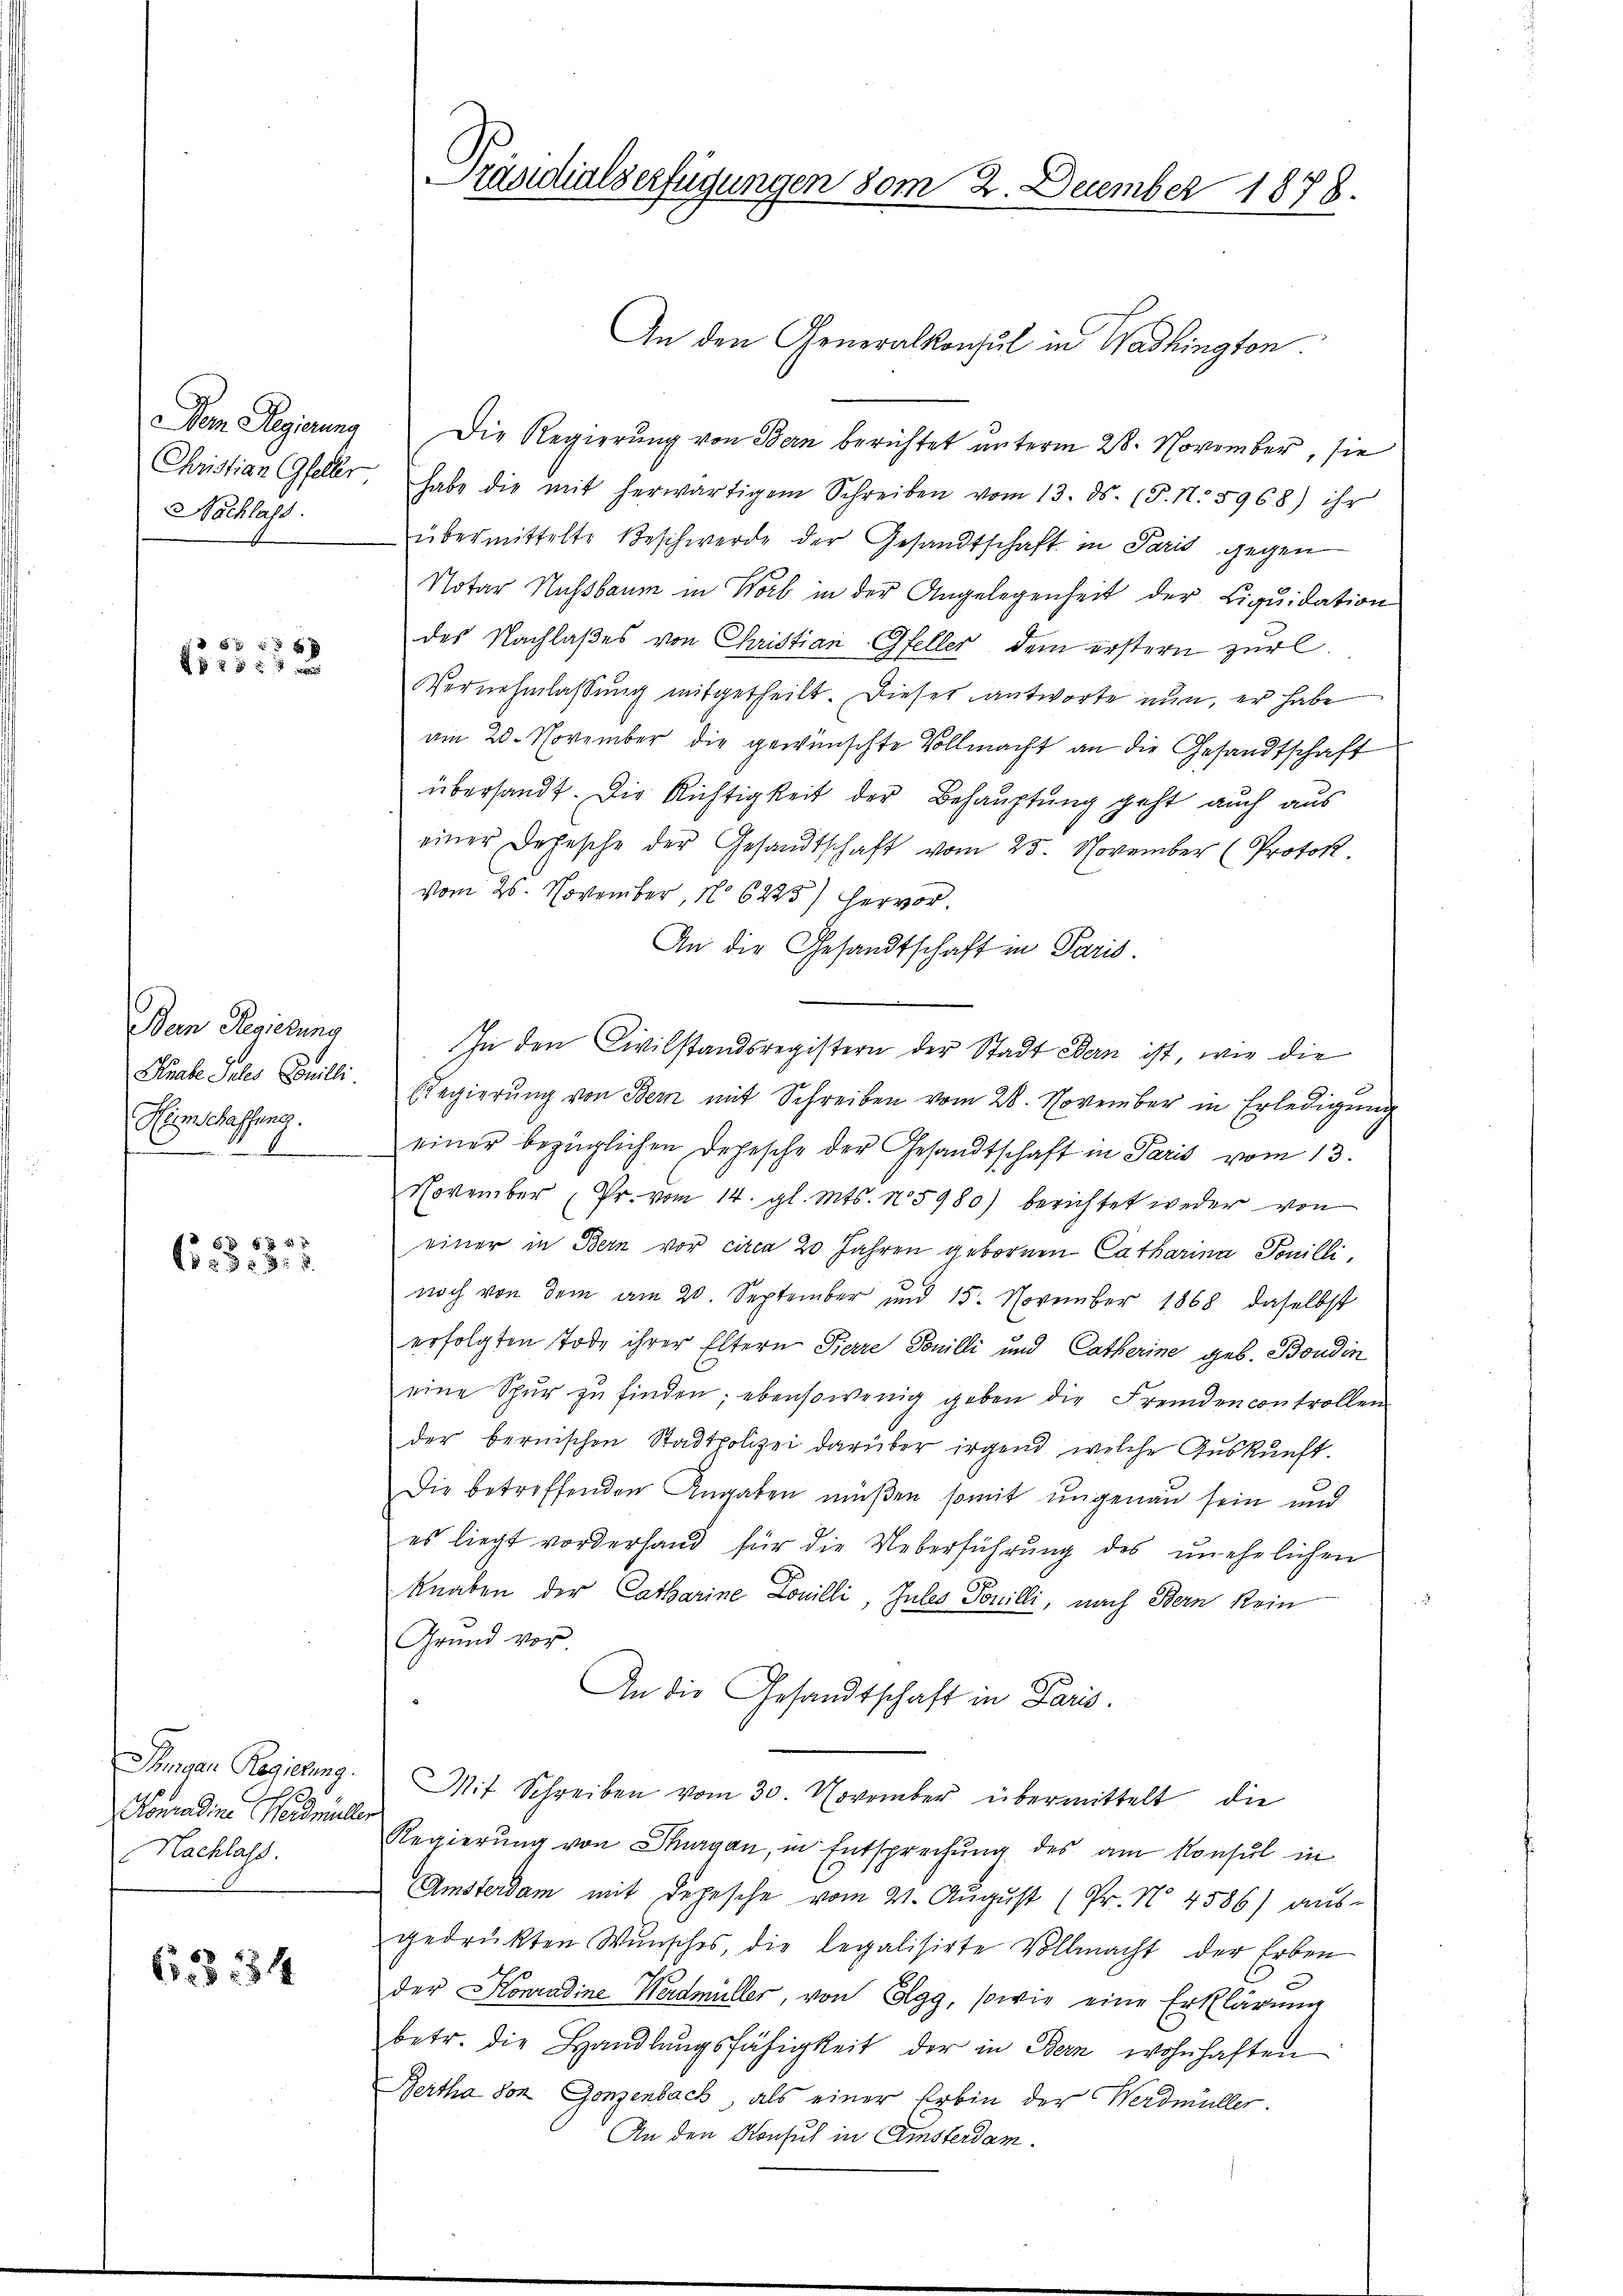
Nachlass

54 x
 xx

Dein Regierung
Arabe Jales Gonilli
Eincassung.

f 5 f 0 x
.325.5.

Komadine Neumüller
Nachlass.

68 154

Dem Regierung die Regierŭng von Bern berichtet ŭnterm 28. November, sie
Christian Gfeller, habe die mit herwärtigem Schreiben vom 13. ds. (T. N. 5968) ihr
übermittelte Beschwerde der Gesandtschaft in Paris gegen
Notar Nussbaum in Worb in der Angelegenheit der Liquidation
des Nachlaßes von Christian Gfeller, dem erstern zur
Vernehmlassŭng mitgetheilt. Dieser antworte nun, er habe
am 20. November die gewünschte Vollmacht an die Gesandtschaft
übersandt. Die Richtigkeit der Behauptung geht auch aus
einer Depesche der Gesandtschaft vom 25. November (Protok
vom 25. November, No 6225) hervor.
An die Gesandtschaft in Paris.
In den Civilstandsregistern der Stadt Bern ist, wie die
ze
sRegierung von Bern mit Schreiben vom 28. November in Erledigung
einer bezüglichen Depesche der Gesandtschaft in Paris vom 13.
November (Pr. vom 14. gl. Mts. No 5980) berichtet weder von
einer in Bern vor circa 20 Jahren gebornen Catharina Ponilli,
noch von dem am 20. September und 15. November 1868 daselbst
erfolgten Tode ihrer Eltern Pierre Tonilli und Catherine geb. Boudin
eine Spur zu finden; ebensowenig geben die Fremden controllen
der bernischen Stadtpolizei darüber irgend welche Auskunft.
Die betreffenden Angaben müßen somit ungenau sein und
es liegt vorderhand für die Ueberführung des unehelichen
knaben der Catharine Lonilli, Jules Tonilli, nach Bern kein
Grund vor
An die Gesandtschaft in Paris.
Jungen Regierung. Mit Schreiben vom 30. November übermittelt die
Regierung von Schurgan, in Entsprechung des am Konsul in
Amsterdam mit Depesche vom 21. August (Pr. No 4586) aus-
gedrükten Wŭnsches, die legalisirte Vollmacht der Erben
der Konradine Werdmüller, von Elgg, sowie eine Erklärung
betr. die Handlŭngsfähigkeit der in Bern wohnhaften
Bertha von Gonzenbach, als einer Erbin der Werdmüller.
An den Konsul in Amsterdam.

Präsidialverfügungen vom 2. December 1878.

An den Generalkonsul in Washington